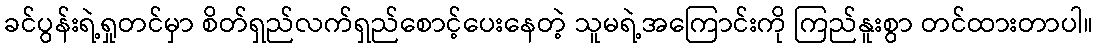
ခင်ပွန်းရဲ့ရှုတင်မှာ စိတ်ရှည်လက်ရှည်စောင့်ပေးနေတဲ့ သူမရဲ့အကြောင်းကို ကြည်နူးစွာ တင်ထားတာပါ။